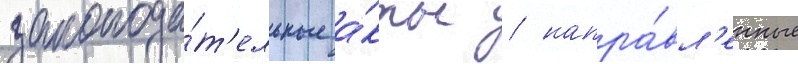
законода́т'ельные а́кты / напра́вл'енные